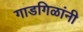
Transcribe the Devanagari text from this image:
गाडगिळांनी